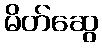
မိတ်ဆွေ